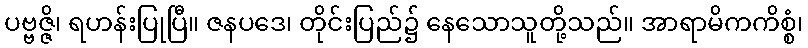
ပဗ္ဗဇ္ဇိ၊ ရဟန်းပြုပြီ။ ဇနပဒေ၊ တိုင်းပြည်၌ နေသောသူတို့သည်။ အာရာမိကကိစ္စံ၊